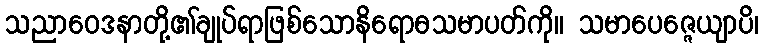
သညာဝေဒနာတို့၏ချုပ်ရာဖြစ်သောနိရောဓသမာပတ်ကို။ သမာပေဇ္ဇေယျာပိ၊